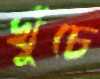
খুঁচে